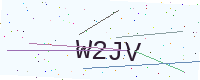
Text: W2JV